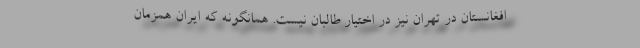
افغانستان در تهران نیز در اختیار طالبان نیست. همانگونه که ایران همزمان